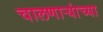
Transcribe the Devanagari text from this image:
चालणार्‍यांच्या